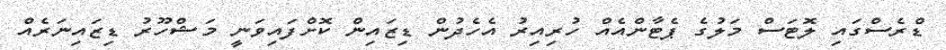
ޑްރެސްގައި ލޮޓަސް މަލުގެ ޕެޓާންއެއް ހުރިއިރު އެހެދުން ޑިޒައިން ކޮށްފައިވަނީ މަޝްހޫރު ޑިޒައިނަރެއް